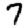
Digit: 7